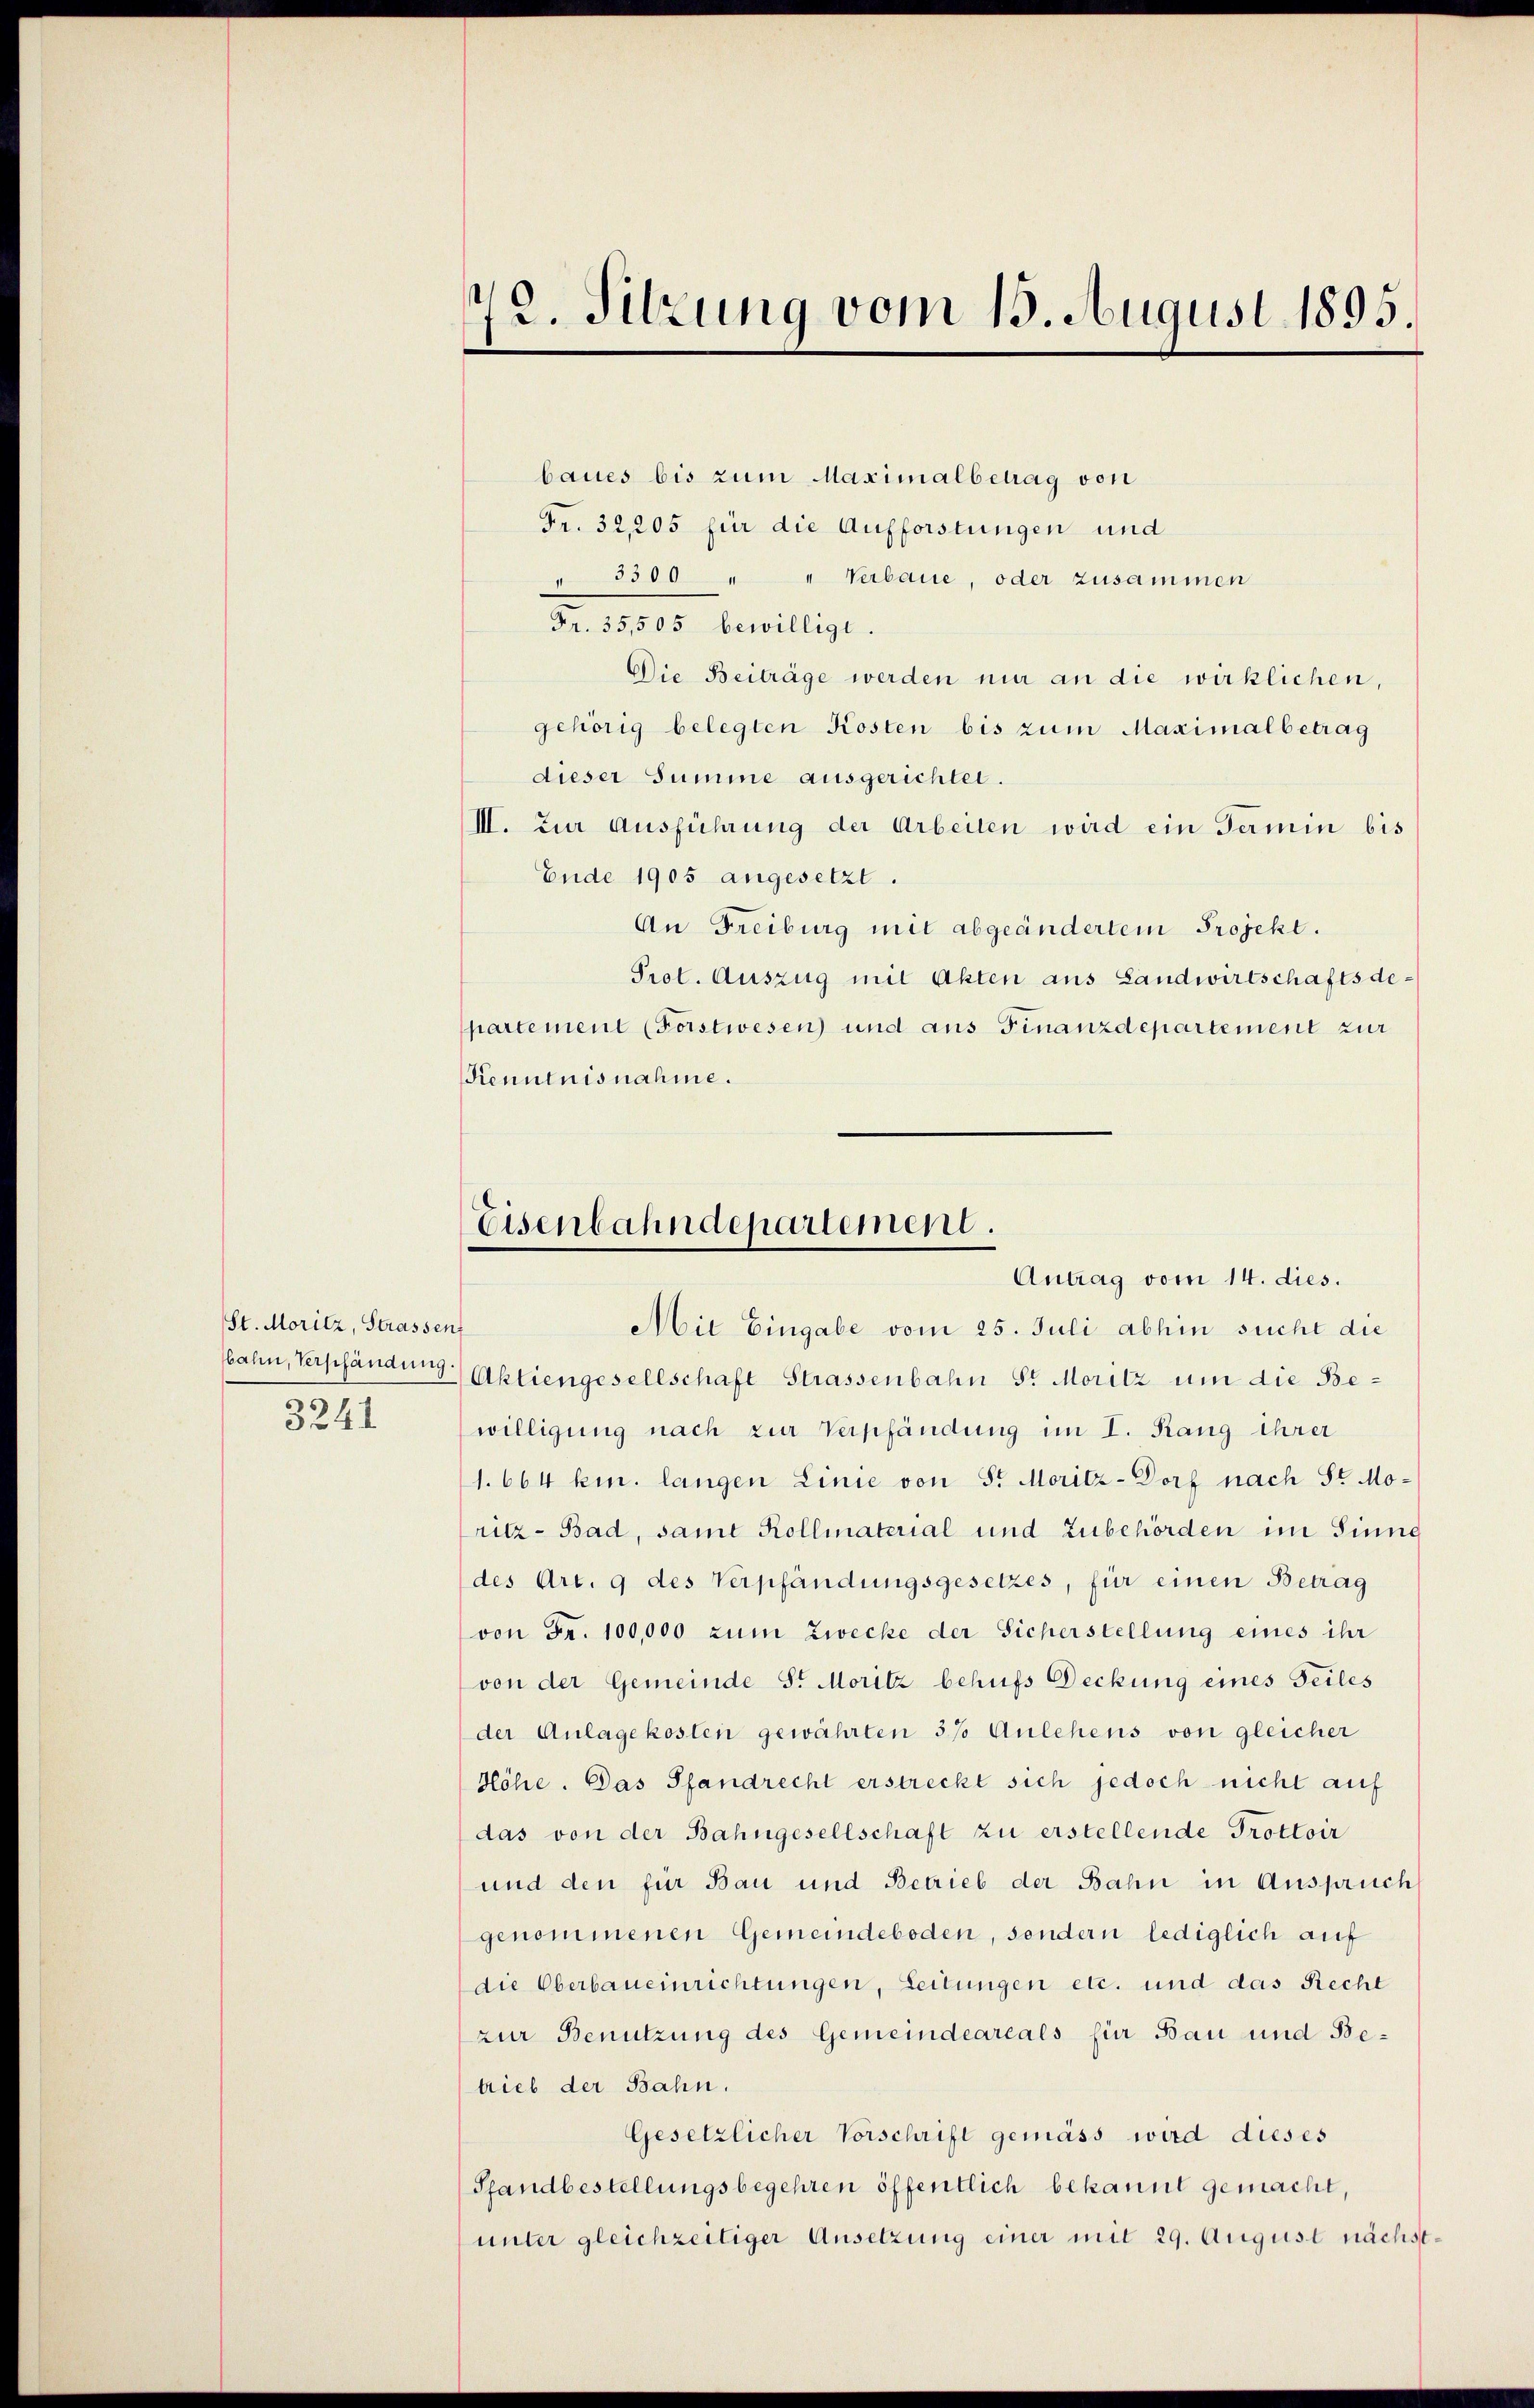
St. Moritz, Strassen
3241

72. Sitzung vom 13. August 1895.

baues bis zum Maximalbetrag von
Fr. 32,205 für die Aufforstungen und
" 3300 " " Verbaue, oder zusammen
Fr. 35,505 bewilligt.
Die Beiträge werden mir an die wirklichen,
gehörig belegten Kosten bis zum Maximalbetrag
dieser Summe ausgerichtet.
III. Zur Ausführung der Arbeiten wird ein Termin bis
Ende 1905 angesetzt
An Freiburg mit abgeändertem Projekt.
Prot. Auszug mit Akten aus Landwirtschaftsdepartement (Forstwesen und aus Finanzdepartement zur
Kenntnisnahme.

Eisenbahndepartement.
Antrag vom 14. dies.

Mit Eingabe vom 25. Juli abhin sucht die
bahn, Verpfändung. Aktiengesellschaft Strassenbahn St. Moritz um die Bewilligung nach zur Verpfändung im I. Rang ihrer
1. 664 km. langen Linie von Sr. Moritz-Dorf nach Sr. Moritz - Bad, samt Kollmaterial und Zubehörden im Sinne
des Art. 9 des Verpfändungsgesetzes, für einen Betrag
von Fr. 100,000 zum Zwecke der Sicherstellung eines ihr
von der Gemeinde Sr. Moritz behufs Deckung eines Teiles
der Anlagekosten gewährten 3% Anlehens von gleicher
Höhe. Das Pfandrecht erstreckt sich jedoch nicht auf
das von der Bahngesellschaft zu erstellende Trottoir
und den für Bau und Betrieb der Bahn in Anspruch
genommenen Gemeindeboden, sondern lediglich auf
die Oberbaueinrichtungen, Leitungen etc. und das Recht
zur Benutzung des Gemeindeareals für Bau und Betrieb der Bahn.
Gesetzlicher Vorschrift gemäss wird dieses
Pfandbestellungsbegehren öffentlich bekannt gemacht,
unter gleichzeitiger Ansetzung einer mit 29. August nächst¬